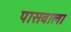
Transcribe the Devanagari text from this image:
पासवाला